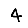
Digit: 4